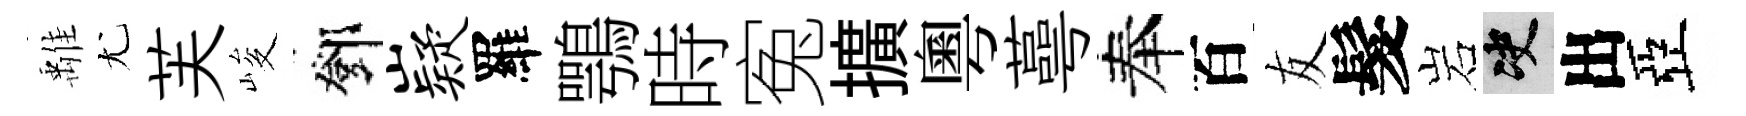
𩀌尤芙峻鄧嶷羅鶚時寃擴粵蕚奉百友髮岩决出亞